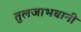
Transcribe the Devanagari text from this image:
तुलजाभवानी